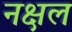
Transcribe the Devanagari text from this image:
नक्षल